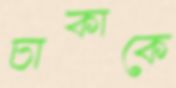
চাকাকে